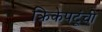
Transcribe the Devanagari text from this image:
क्रिकेपटूंची